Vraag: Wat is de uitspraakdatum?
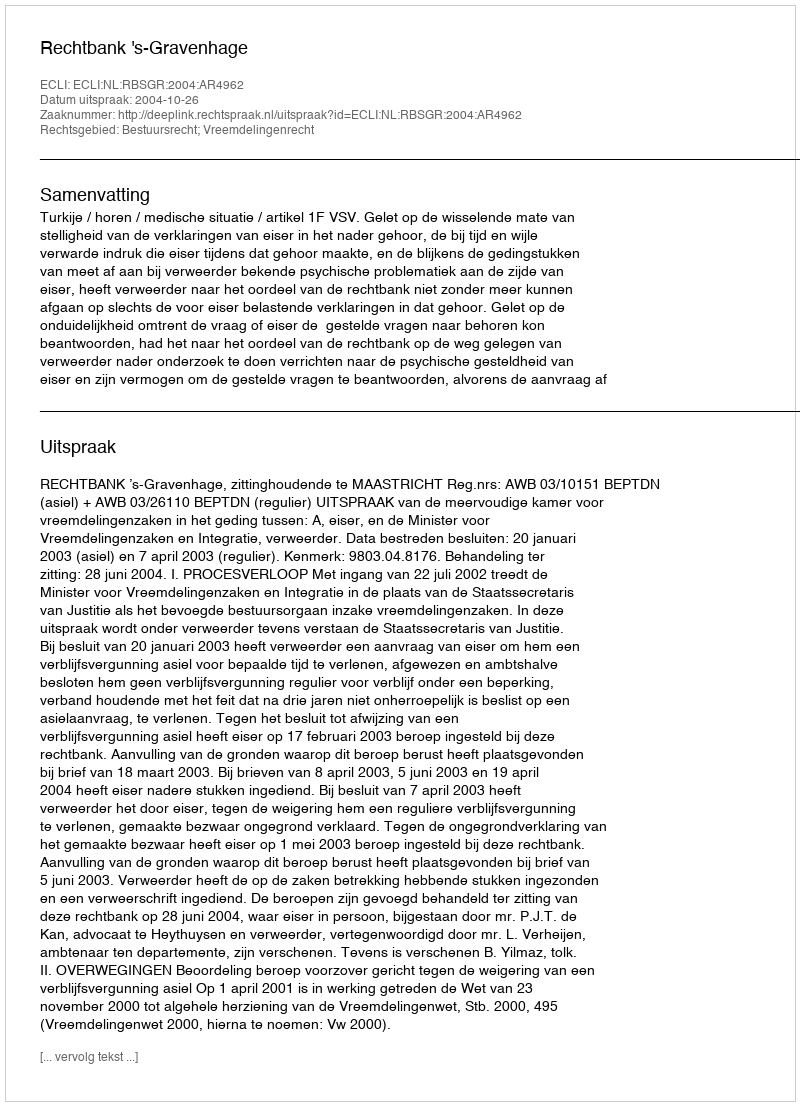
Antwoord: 2004-10-26